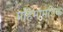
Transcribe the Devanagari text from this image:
महिमामंडिक